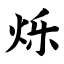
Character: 烁